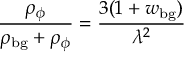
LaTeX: \frac { \rho _ { \phi } } { \rho _ { \mathrm { b g } } + \rho _ { \phi } } = \frac { 3 ( 1 + w _ { \mathrm { b g } } ) } { \lambda ^ { 2 } }